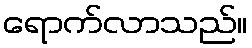
ရောက်လာသည်။